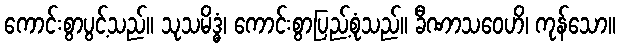
ကောင်းစွာပွင့်သည်။ သုသမိဒ္ဓံ၊ ကောင်းစွာပြည့်စုံသည်။ ခီဏာသဝေဟိ၊ ကုန်သော။